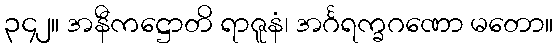
၃၄၂။ အနီကဋ္ဌောတိ ရာဇူနံ၊ အင်္ဂရက္ခဂဏော မတော။